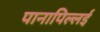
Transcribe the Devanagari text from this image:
पानापिल्लई